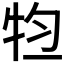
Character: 𤙊